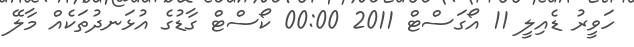
ހަވީރު ޑެއިލީ 11 އޯގަސްޓް 2011 00:00 ކޯސްޓް ގާޑުގެ އުޅަނދުތަކެއް މާލޭ